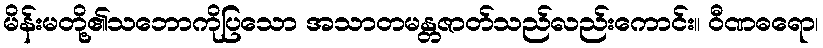
မိန်းမတို့၏သဘောကိုပြသော အသာတမန္တဇာတ်သည်လည်းကောင်း။ ဝီဏဓရော၊